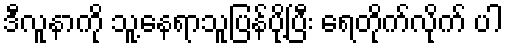
ဒီလူနာကို သူ့နေရာသူပြန်ပို့ပြီး ရေတိုက်လိုက် ပါ